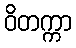
ဝိတက္ကာ